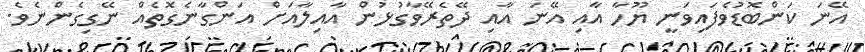
އޭނަ ކަންބޮޑުވެފައިވަނީ ޔޫހާ އާއި އޭނަ އާއި ދޭތެރޭވާގުޅުން އާއިލާއަށް އަންގާނެގޮތެއް ނޭގިގެންނެވެ.